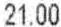
21.00